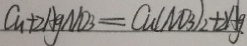
C u + 2 A g N O _ { 3 } = C u ( N O _ { 3 } ) _ { 2 } + 2 A g